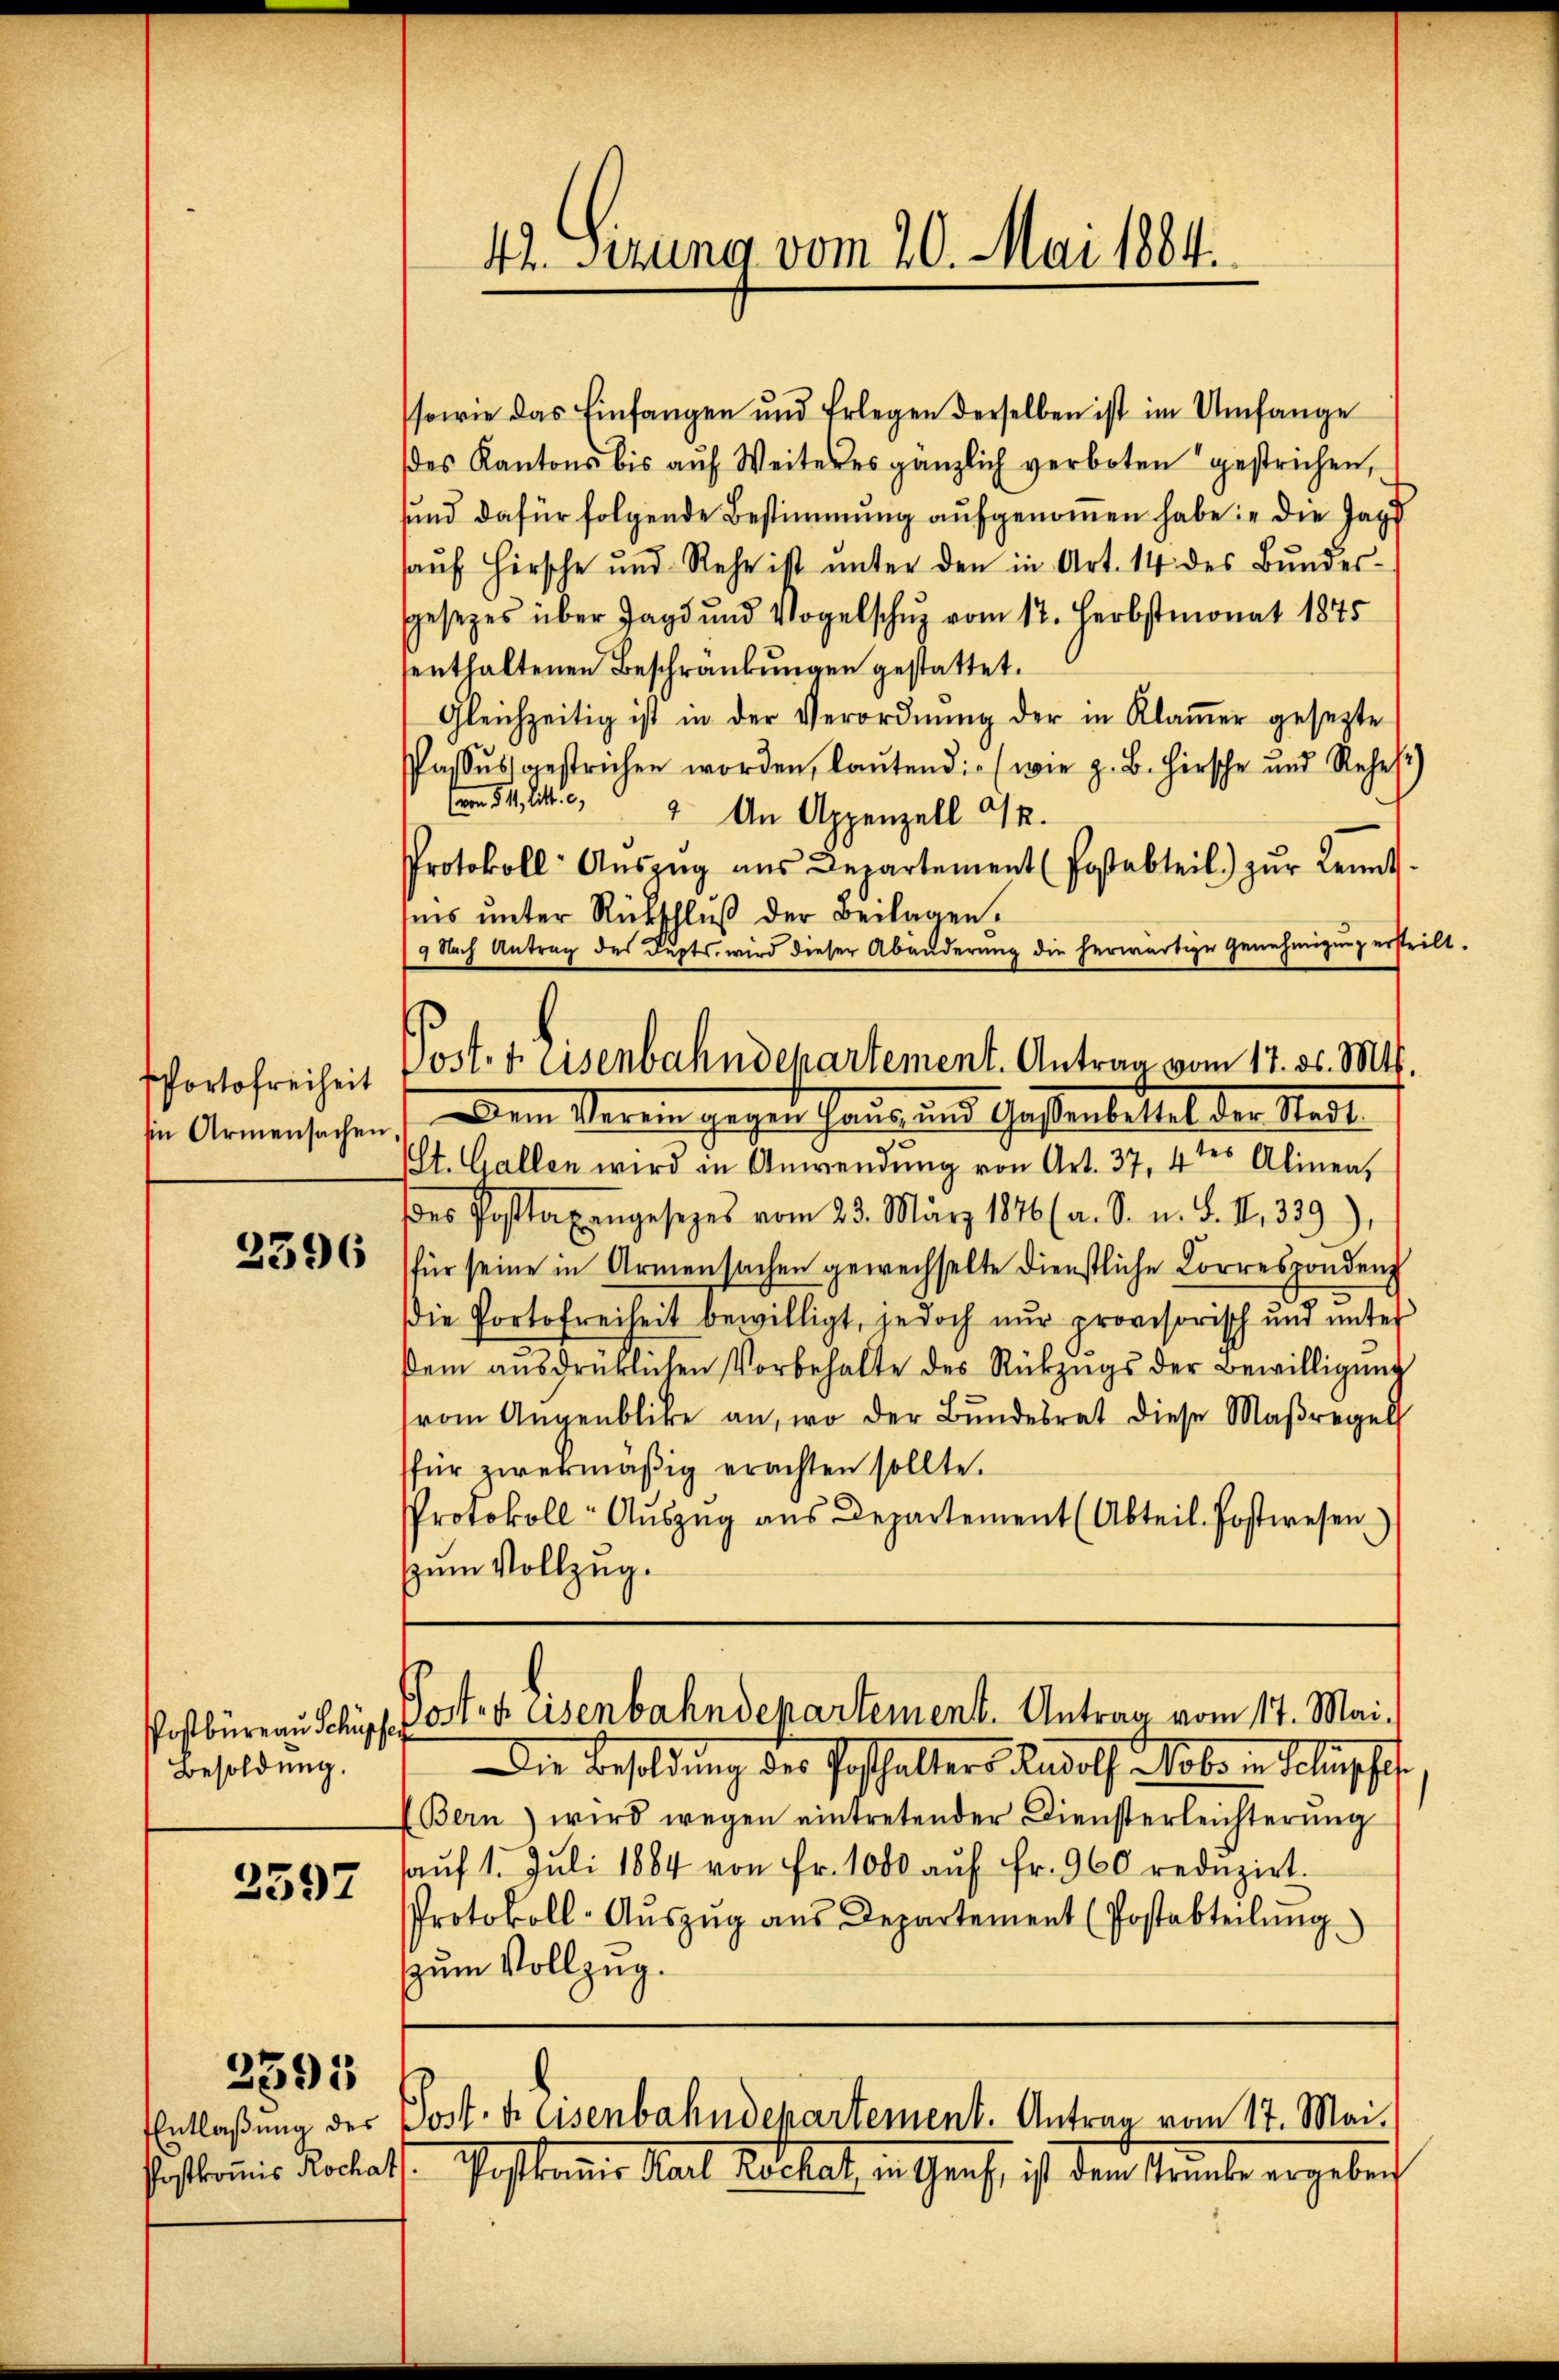
PPortofreiheit
sin Armensachen

2396

Postbüreau Schüpf
Besoldung.

3597

2595

sowie das Einfangen und Erlegen derselben ist im Umfange
es Kantons bis aŭf Weiteres gänzlich verboten gestrichen,
sund dafür folgende Bestimmung aufgenommen habe: „die Jag
aŭf Hirsche und Rehe ist ŭnter den in Art. 14 des Bŭndes-
gesezes über Jagd und Vogelschus vom 12. Herbstmonat 1845
senthaltenen Beschränkungen gestattet.
Gleichzeitig ist in der Verordnŭng der in Klaṁer gesezte
Passus gestrichen worden, lautend (wie z. B. Hirsche und Rehef)
 34. 19. An Appenzell I.
Protokoll- Aŭszŭg aŭs Departement (Postabteil) zŭr Kennt.
iis unter Rückschluß der Beilagen.
9 Nach Antrag des Dupts, wird dieser Abänderung die herwärtige Genehmigung ersteilt.
Post. A eisenbahndepartement. Antrag vom 17. ds. Mts.
Dem Verein gegen Haus und Gestenbittel der Stadt
Plt. Gallen wird in Anwendŭng von Art. 37, 4tes Alinea,
des Posttaxengesezes vom 23. März 1876 (a. S. u. S. S. 339),
für seine in Armensachen gewechselte Dienstliche Correspondenz
Die Portofreiheit bewilligt, jedoch nur provisorisch und unter
dem aŭsdrücklichen Vorbehalte des Rückzŭgs der Bewilligŭng
vom Augenblicke an, wo der Bŭndesrat diese Maßregel
für zwekmäßig erachten sollte.
Protokoll- Aŭszŭg aŭs Departement (Abteil. Postwesen
zum Vollzug.

42. Sezung vom 20. Mai 1884.

Posten asenbahndepartement. Antrag vom 17. Mai,

Entlaßung der Post freisenbahndepartement. Antrag vom 17. Mai.

Postkommis Rochat. Postkanie Nach Kochat, in Genf, ist dem Kranke ergeben

Die Besoldung des Posthalters Rudolf u. obe in Solanschaf
Bern) wird wegen eintretender Diensterleichterŭng
aŭf 1. Jŭli 1884 von Fr. 1000 aŭf fr. 960 redŭzirt.
Protokoll-Aŭszŭg aŭs Departement (Postabteilŭng
zum Vollzug.